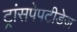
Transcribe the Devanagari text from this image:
ट्रांसपेपटीडेज़